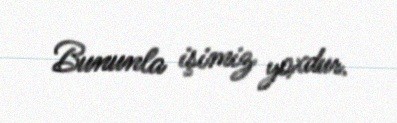
Bununla işimiz yoxdur.